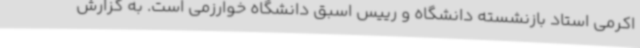
اکرمی استاد بازنشسته دانشگاه و رییس اسبق دانشگاه خوارزمی است. به گزارش